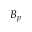
B _ { p }